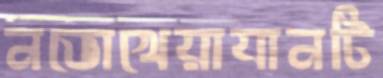
নভোখেয়াযানটি